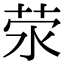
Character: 荥